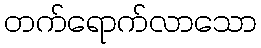
တက်ရောက်လာသော